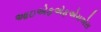
આઇએફએફએચએસ